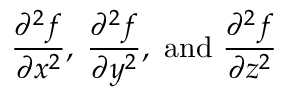
{ \frac { \partial ^ { 2 } f } { \partial x ^ { 2 } } } , \; { \frac { \partial ^ { 2 } f } { \partial y ^ { 2 } } } , { \mathrm { ~ a n d ~ } } { \frac { \partial ^ { 2 } f } { \partial z ^ { 2 } } }